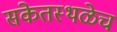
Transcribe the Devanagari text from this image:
संकेतस्थळेच